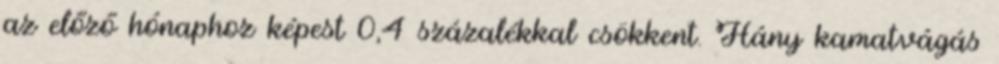
az előző hónaphoz képest 0,4 százalékkal csökkent. Hány kamatvágás